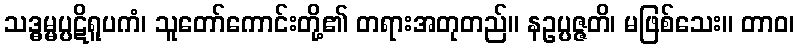
သဒ္ဓမ္မပ္ပဋိရူပကံ၊ သူတော်ကောင်းတို့၏ တရားအတုတည်။ နဥပ္ပဇ္ဇတိ၊ မဖြစ်သေး။ တာဝ၊